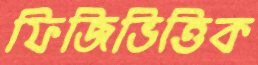
ফিজিভিত্তিক